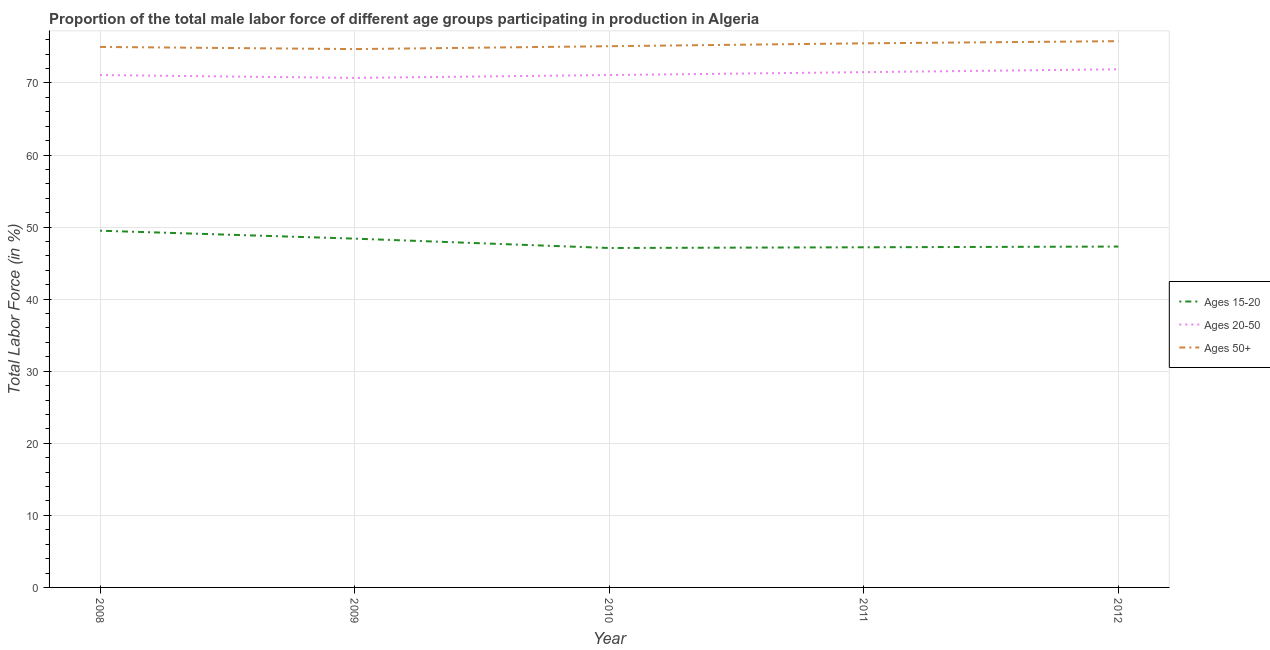
| Year | Ages 15-20 | Ages 20-50 | Ages 50+ |
 | --- | --- | --- | --- |
 | 2008 | 49.5 | 71.1 | 75 |
 | 2009 | 48.4 | 70.7 | 74.7 |
 | 2010 | 47.1 | 71.1 | 75.1 |
 | 2011 | 47.2 | 71.5 | 75.5 |
 | 2012 | 47.3 | 71.9 | 75.8 |